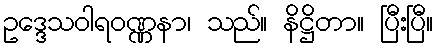
ဥဒ္ဒေသဝါရဝဏ္ဏနာ၊ သည်။ နိဋ္ဌိတာ။ ပြီးပြီ။